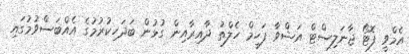
އެމްވީ ފޮޓޯ ޖާނަލިސްޓް އަޝްވާ ފަހީމް ހެލްތު ދާއިރާއިން ގުޅުން ބަދަހިކުރުމުގެ އެއްބަސްވުމުގައި